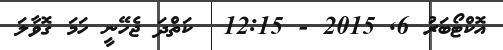
އޮކްޓޯބަރު 6